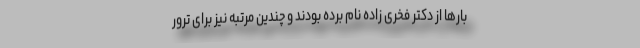
بارها از دکتر فخری زاده نام برده بودند و چندین مرتبه نیز برای ترور